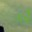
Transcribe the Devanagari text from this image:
गर्दै